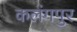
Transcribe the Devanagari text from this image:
कलंगपुर